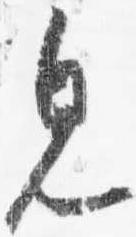
見